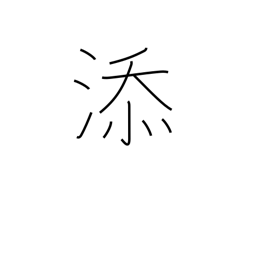
Meaning: annexed